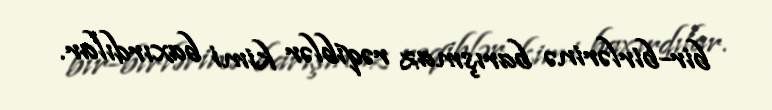
bir-birlərinə barışmaz rəqiblər kimi baxırdılar.